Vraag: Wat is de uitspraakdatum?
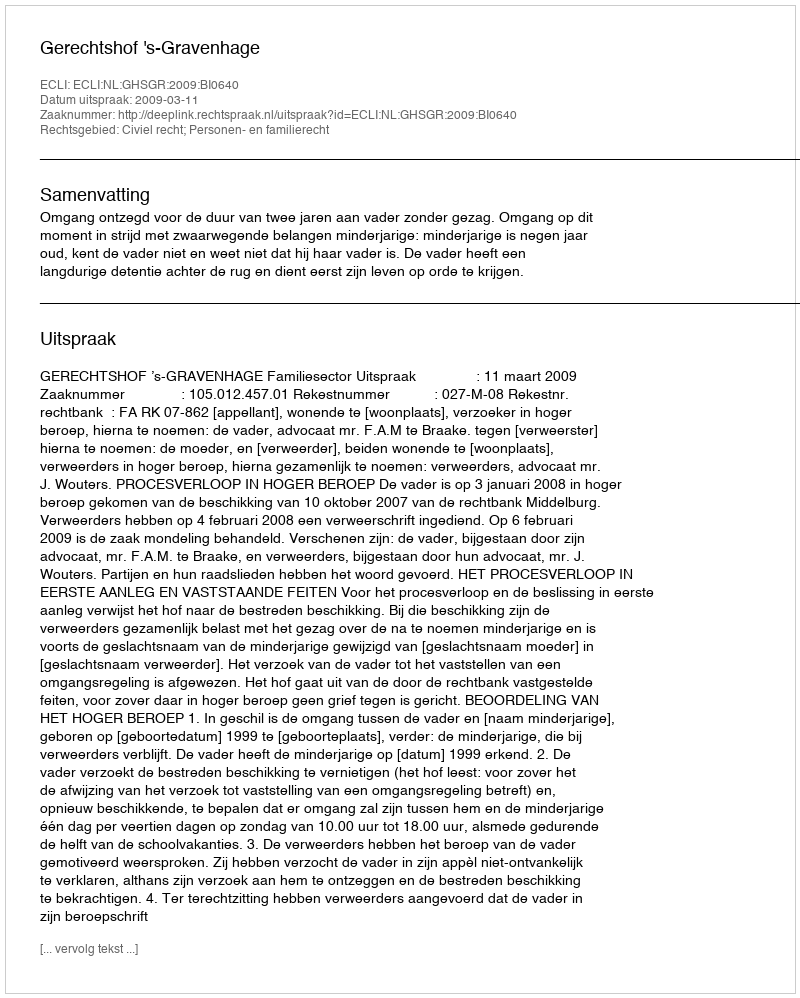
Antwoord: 2009-03-11